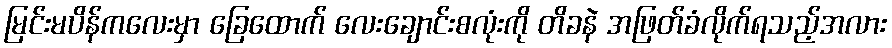
မြင်းမပိန်ကလေးမှာ ခြေထောက် လေးချောင်းစလုံးကို တိခနဲ အဖြတ်ခံလိုက်ရသည့်အလား